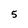
Character: 5